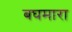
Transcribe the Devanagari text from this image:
बघमारा